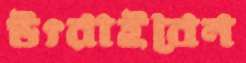
উৎরাইবেন